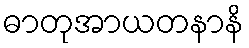
ဓာတုအာယတနာနိ